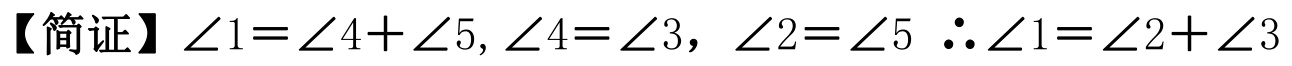
【简证】\(\angle 1=\angle 4+\angle 5,\angle 4 = \angle 3\)，\(\angle 2=\angle 5\) \(\therefore\angle 1=\angle 2+\angle 3\)